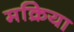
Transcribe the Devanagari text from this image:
मक्रिया